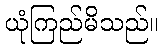
ယုံကြည်မိသည်။